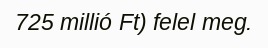
725 millió Ft) felel meg.